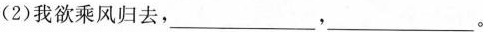
(2)我欲乘风归去，___，___。